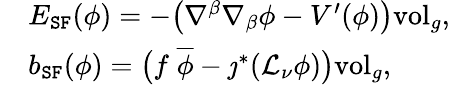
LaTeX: \begin{array}{rl}&{E_{\mathtt{SF}}(\phi)=-\big(\nabla^{\beta}\nabla_{\beta}\phi-V^{\prime}(\phi)\big)\mathrm{vol}_{g},}\\ &{b_{\mathtt{SF}}(\phi)=\big(f\; \overline{{\phi}}-\jmath^{*}(\mathcal{L}_{\nu}\phi)\big)\mathrm{vol}_{g},}\end{array}